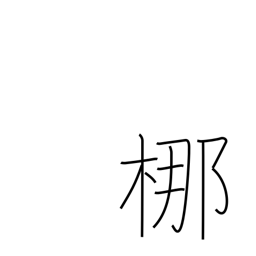
Meaning: type of tall evergreen tree